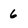
Character: 6